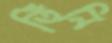
তিঁনি